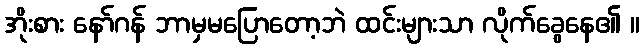
အိုးစား နော်ဂန် ဘာမှမပြောတော့ဘဲ ထင်းများသာ လိုက်ခွေနေ၏ ။